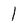
Character: 1